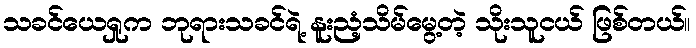
သခင်ယေရှုက ဘုရားသခင်ရဲ့ နူးညံ့သိမ်မွေ့တဲ့ သိုးသူငယ် ဖြစ်တယ်။